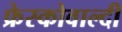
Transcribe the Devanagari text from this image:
फ्रेस्कोवाल्दी